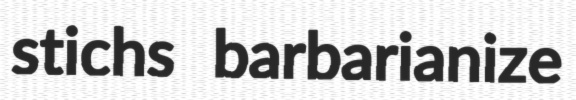
stichs barbarianize